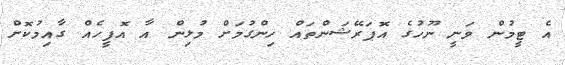
އެ ޓީމުން ވަނީ ނޫހުގެ އޮޕަރޭޝަންތައް ހިންގުމަށް މުޅިން އާ އޮފީހެއް ގާއިމުކޮށް